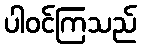
ပါဝင်ကြသည်